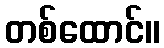
တစ်ထောင်။